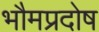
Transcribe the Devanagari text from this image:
भौमप्रदोष